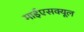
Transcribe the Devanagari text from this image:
माईएसक्यूल